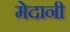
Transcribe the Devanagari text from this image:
मेदानी